system: You are a helpful assistant.
user:
Analyze the provided spectrum to determine if it is a **"Cataclysmic Variables (CV)"**.

- **Key Indicators for CV (Check for either state):**
    - **State 1: Quiescent / Low-State (Emission-Dominated)**
        - **(Primary):** Strong and *very broad* Hydrogen Balmer emission lines (e.g., $H\alpha$ at 6563 Å, $H\beta$ at 4861 Å). The 'broadness' (high velocity dispersion, often FWHM > 1000 km/s) is the key diagnostic, indicating a high-velocity accretion disk.
        - **(Secondary):** Broad neutral Helium (He I) emission lines (e.g., 5876 Å, 6678 Å).
        - **(Key Confirmation):** Presence of high-excitation *ionized* Helium (He II) emission at 4686 Å. This is a strong indicator of accretion onto a white dwarf.
        - **(Line Profile):** Emission lines may exhibit a 'double-peaked' profile, which is a classic signature of a rotating accretion disk viewed at high inclination.

    - **State 2: Outburst / High-State (Absorption-Dominated)**
        - **(Primary):** Spectrum is dominated by a bright, blue continuum (looks like a hot star).
        - **(Secondary):** The emission lines from State 1 are weak, absent, or 'filled in', and are replaced by broad, shallow *absorption* lines (primarily Balmer and He I).
        - **(Morphology):** The overall spectrum mimics a hot B/A-type star. The crucial difference is that the absorption lines are significantly broader, shallower, and more 'washed-out' (or 'smeared') than the sharp lines of a normal stellar photosphere, due to high rotational speeds and pressure broadening in the disk.

Think first, call **spectral_visualization_tool** if needed to examine features in detail, then provide your final answer. Your response must adhere to the following strict rules:
1.  **Overall Structure:** Your response must follow the format `<think>...</think> <tool_call>...</tool_call> (if a tool is used) <answer>...</answer>`.
2.  **Tool Usage Constraint:** You may only make **one** tool call per turn.
3.  **Final Answer Format:** In the `<answer>` tag, your conclusion must be inside a `\boxed{}` command (e.g., `\boxed{YES}`), followed by your justification.

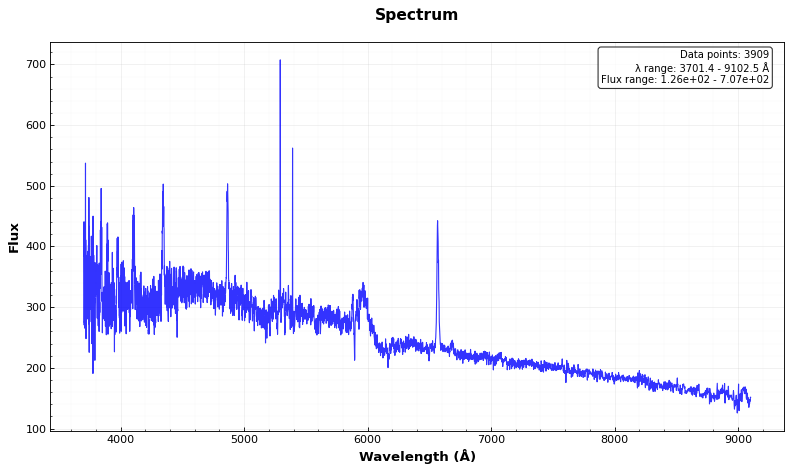
Answer: YES